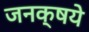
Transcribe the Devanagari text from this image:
जनक्षये